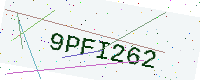
Text: 9PFI262